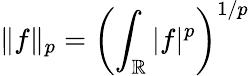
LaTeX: \| f\| _{p}=\left(\int_{\mathbb{R}}|f|^{p}\right)^{1/p}